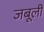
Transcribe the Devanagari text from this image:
जबूली